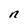
Character: n